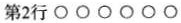
第2行